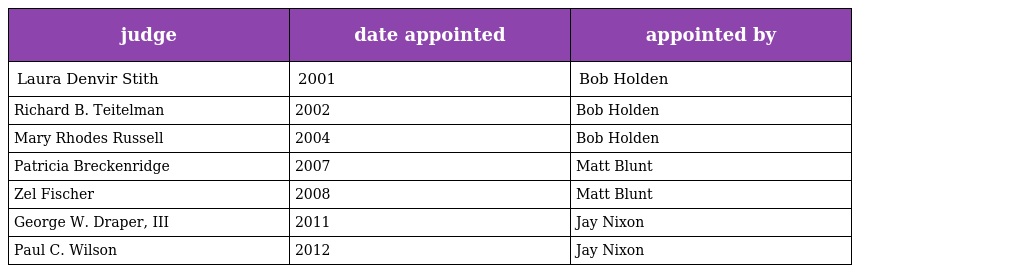
| judge | date appointed | appointed by |
 | --- | --- | --- |
 | Laura Denvir Stith | 2001 | Bob Holden |
 | Richard B. Teitelman | 2002 | Bob Holden |
 | Mary Rhodes Russell | 2004 | Bob Holden |
 | Patricia Breckenridge | 2007 | Matt Blunt |
 | Zel Fischer | 2008 | Matt Blunt |
 | George W. Draper, III | 2011 | Jay Nixon |
 | Paul C. Wilson | 2012 | Jay Nixon |